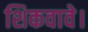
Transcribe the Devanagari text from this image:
शिकवावे।